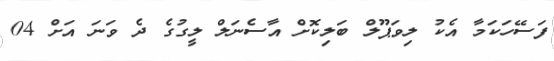
ފަސޭހަކަމާ އެކު ލިވަޕޫލް ބަލިކޮށް އާސެނަލް ލީގުގެ ދެ ވަނަ އަށް 04